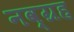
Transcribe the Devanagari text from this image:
नव्ग्रह